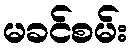
မခင်စမ်း